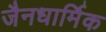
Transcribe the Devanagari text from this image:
जैनधार्मिक